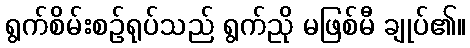
ရွက်စိမ်းစဉ်ရုပ်သည် ရွက်ညို မဖြစ်မီ ချုပ်၏။